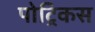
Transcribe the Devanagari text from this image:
पोट्रिकस